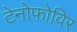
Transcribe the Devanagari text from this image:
टेनोफोविर